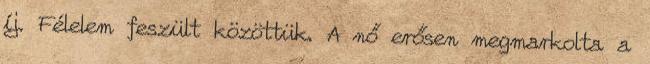
íj. Félelem feszült közöttük. A nő erősen megmarkolta a